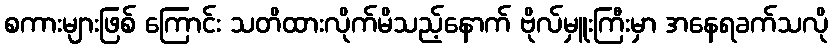
စကားများဖြစ် ကြောင်း သတိထားလိုက်မိသည့်နောက် ဗိုလ်မှူးကြီးမှာ အနေရခက်သလို